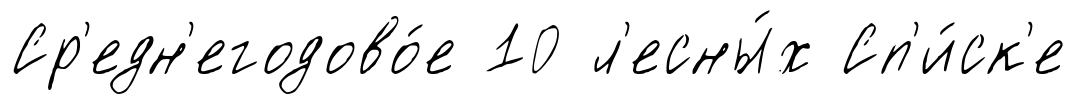
Ср'едн'егодово́е 10 л'есны́х Сп'и́ск'е